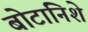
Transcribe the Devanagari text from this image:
बोटानिशे